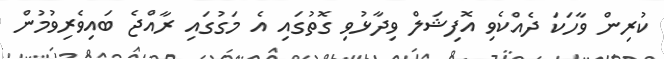
ކުރިން ވާހަކަ ދެއްކެވި އޮފިޝަލް ވިދާޅުވި ގޮތުގައި އެ މަގުގައި ރާއްޖެ ބައިވެރިވުމުން